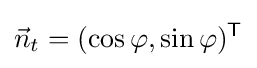
{\vec {n}}_{t}=(\cos \varphi ,\sin \varphi )^{\mathsf {T}}